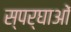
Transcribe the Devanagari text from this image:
स्पर्घाओं